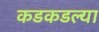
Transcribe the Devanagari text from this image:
कडकडल्या